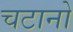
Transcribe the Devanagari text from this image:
चटानो